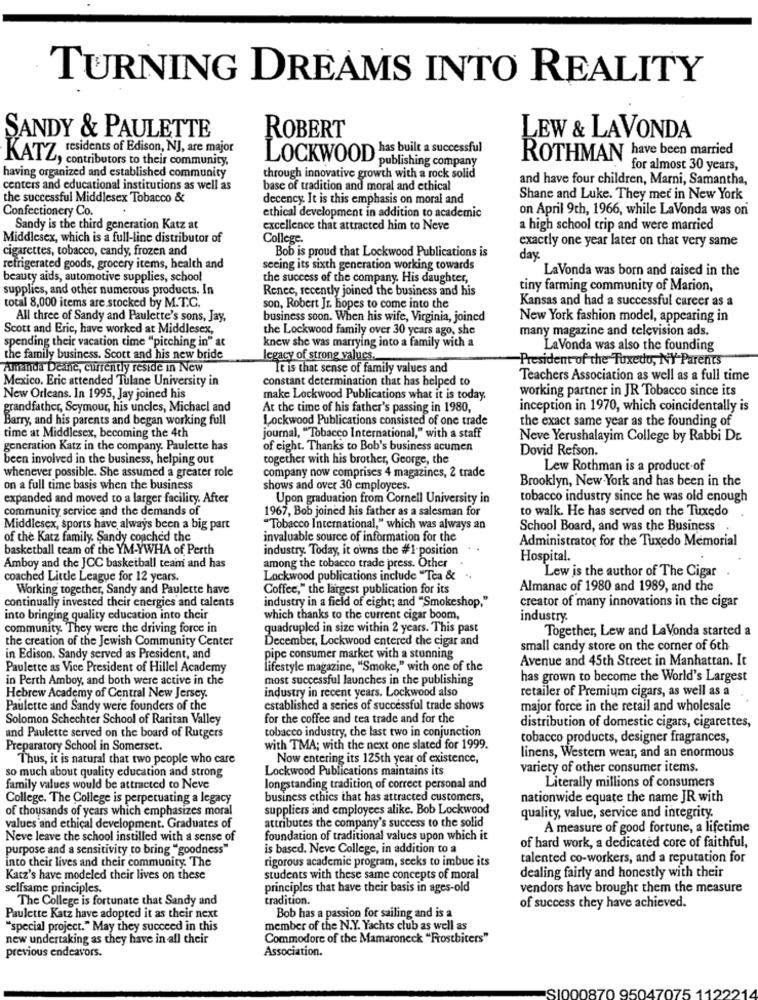
TURNING DREAMS INTO REALITY
ROBERT
SANDY & PAULETTE
LEW & LAVONDA
residents of Edison, NJ, are major
LOCKWOOD has built a successful
KATZ, contributors to their community,
ROTHMAN have been married
publishing company
for almost 30 years,
having organized and established community
through innovative growth with a rock solid
and have four children, Marni, Samantha,
centers and educational institutions as well as
base of tradition and moral and ethical
the successful Middlesex Tobacco &
decency. It is this emphasis on moral and
Shane and Luke. They met in New York
Confectionery Co.
ethical development in addition to academic
on April 9th, 1966, while LaVonda was on
Sandy is the third generation Katz at
excellence that attracted him to Neve
a high school trip and were married
Middlesex, which is a full-line distributor of
College
exactly one year later on that very same
cigarettes, tobacco, candy, frozen and
Bob is proud that Lockwood Publications is
day.
refrigerated goods, grocery items, health and
seeing its sixth generation working towards
LaVonda was born and raised in the
beauty aids, automotive supplies, school
the success of the company. His daughter,
supplies, and other numerous products. In
Renee, recently joined the business and his
tiny farming community of Marion,
Kansas and had a successful career as a
total 8,000 items are stocked by M.T.C.
son, Robert Jr. hopes to come into the
All three of Sandy and Paulette's sons, Jay,
business soon. When his wife, Virginia, joined
New York fashion model, appearing in
Scott and Eric, have worked at Middlesex,
the Lockwood family over 30 years ago, she
many magazine and television ads.
knew she was marrying into a family with a
spending their vacation time "pitching in" at
LaVonda was also the founding
the family business. Scott and his new bride
legacy of strong values.
President of the Tuxedo, NY Parents
Amanda Deine, currently reside in New
It is that sense of family values and
Mexico. Eric attended Tulane University in
constant determination that has helped to
Teachers Association as well as a full time
working partner in JR Tobacco since its
New Orleans. In 1995, Jay joined his
make Lockwood Publications what it is today.
grandfather, Seymour, his uncles, Michael and
At the time of his father's passing in 1980,
inception in 1970, which coincidentally is
Barry, and his parents and began working full
Lockwood Publications consisted of one trade
the exact same year as the founding of
time at Middlesex, becoming the 4th
journal, "Tobacco International," with a staff
Neve Yerushalayim College by Rabbi Dr.
generation Katz in the company. Paulette has
of eight. Thanks to Bob's business acumen
Dovid Refson.
been involved in the business, helping out
together with his brother, George, the
Lew Rothman is a product.of
whenever possible. She assumed a greater role
company now comprises 4 magazines, 2 trade
Brooklyn, New York and has been in the
on a full time basis when the business
shows and over 30 employees.
expanded and moved to a larger facility. After
Upon graduation from Cornell University in
tobacco industry since he was old enough
community service and the demands of
1967, Bob joined his father as a salesman for
to walk. He has served on the Tuxedo
Middlesex, sports have always been a big part
"Tobacco International," which was always an
School Board, and was the Business
of the Katz family. Sandy coached the
invaluable source of information for the
Administrator for the Tuxedo Memorial
basketball team of the YM-YWHA of Perth
industry. Today, it owns the #1-position
Hospital.
Amboy and the JCC basketball team and has
among the tobacco trade press. Other
coached Little League for 12 years.
Lockwood publications include "Tea &
Lew is the author of The Cigar
Working together, Sandy and Paulette have
Coffee," the largest publication for its
Almanac of 1980 and 1989, and the
continually invested their energies and talents
industry in a field of eight; and "Smokeshop,"
creator of many innovations in the cigar
into bringing quality education into their
which thanks to the current cigar boom,
industry.
community. They were the driving force in
quadrupled in size within 2 years. This past
Together, Lew and LaVonda started a
the creation of the Jewish Community Center
December, Lockwood entered the cigar and
small candy store on the corner of 6th
in Edison. Sandy served as President, and
pipe consumer market with a stunning
Avenue and 45th Street in Manhattan. It
Paulette as Vice President of Hillel Academy
lifestyle magazine, "Smoke," with one of the
in Perth Amboy, and both were active in the
most successful launches in the publishing
has grown to become the World's Largest
industry in recent years. Lockwood also
retailer of Premium cigars, as well as a
Hebrew Academy of Central New Jersey
Paulette and Sandy were founders of the
established a series of successful trade shows
major force in the retail and wholesale
Solomon Schechter School of Raritan Valley
for the coffee and tea trade and for the
tobacco industry, che last two in conjunction
distribution of domestic cigars, cigarettes,
and Paulette served on the board of Rutgers
tobacco products, designer fragrances,
Preparatory School in Somerset.
with TMA; with the next one slated for 1999.
Thus, it is natural that two people who care
Now entering its 125th year of existence,
linens, Western wear, and an enormous
so much about quality education and strong
Lockwood Publications maintains its
variety of other consumer items.
family values would be attracted to Neve
longstanding tradition of correct personal and
Literally millions of consumers
College. The College is perpetuating a legacy
business ethics that has attracted customers,
nationwide equate the name JR with
of thousands of years which emphasizes moral
suppliers and employees alike. Bob Lockwood
attributes the company's success to the solid
quality, value, service and integrity.
values and ethical development. Graduates of
A measure of good fortune, a lifetime
Neve leave the school instilled with a sense of
foundation of traditional values upon which it
of hard work, a dedicated core of faithful,
purpose and a sensitivity to bring "goodness"
is based. Neve College, in addition to a
rigorous academic program, seeks to imbue its
talented co-workers, and a reputation for
into their lives and their community. The
dealing fairly and honestly with their
Katz's have modeled their lives on these
students with these same concepts of moral
selfsame principles.
principles that have their basis in ages-old
vendors have brought them the measure
The College is fortunate that Sandy and
tradition.
of success they have achieved.
Paulette Katz have adopted it as their next
Bob has a passion for sailing and is a
"special project." May they succeed in this
member of the N.Y. Yachts club as well as
new undertaking as they have in all their
Commodore of the Mamaroneck "Frostbiters"
previous endeavors.
Association.